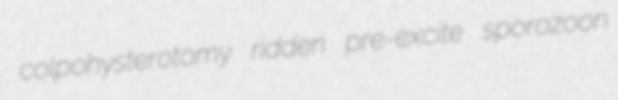
colpohysterotomy ridden pre-excite sporozoon